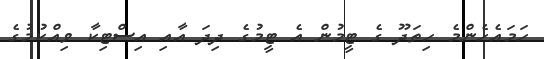
ހަމައެހެންމެ ހިތަދޫ ގެ ޓީމުން އެ ޓީމުގެ ދިދަ އާއި އިސްޓިކާ ވިއްކުމުގެ